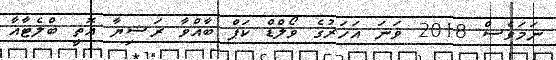
ނަމަވެސް 2018 ވަނަ އަހަރުގެ ވޯލްޑް ކަޕް ބާއްވާ ރަޝިޔާ އޮތީ ބްލެޓާއާ